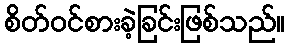
စိတ်ဝင်စားခဲ့ခြင်းဖြစ်သည်။